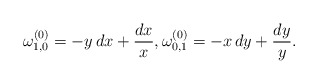
\begin{align*}\omega^{(0)}_{1,0}=-y\,dx+\frac{dx}{x},\omega^{(0)}_{0,1}=-x\,dy+\frac{dy}{y}.\end{align*}